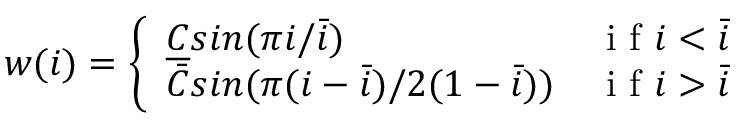
\begin{array} { r } { w ( i ) = \left\{ \begin{array} { l l l } { { \underline { { C } } s i n { ( \pi i / \bar { i } ) } } } & { \mathrm { ~ i ~ f ~ } i < { \bar { i } } } \\ { { \bar { C } s i n { ( \pi ( i - \bar { i } ) / 2 ( 1 - \bar { i } ) ) } } } & { \mathrm { ~ i ~ f ~ } i > { \bar { i } } } \end{array} \right. } \end{array}